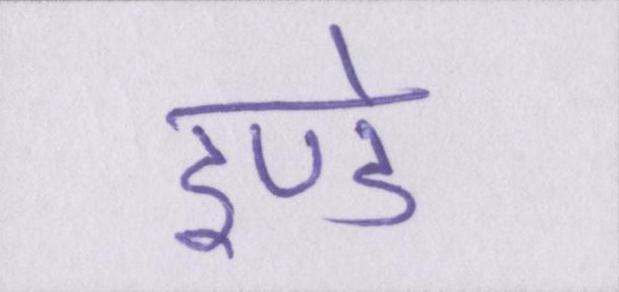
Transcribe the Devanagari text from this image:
डण्डे